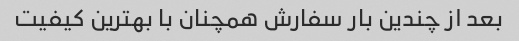
بعد از چندین بار سفارش همچنان با بهترین کیفیت